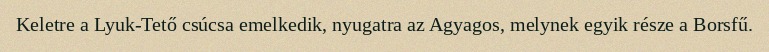
Keletre a Lyuk-Tető csúcsa emelkedik, nyugatra az Agyagos, melynek egyik része a Borsfű.